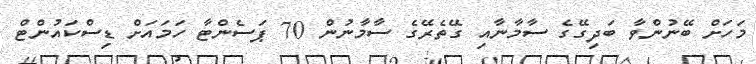
މަހަށް ބޭނުންވާ ބަދިގޭގެ ސާމާނާއި ގޭތެރޭގެ ސާމާނުން 70 ޕަސެންޓާ ހަމައަށް ޑިސްކައުންޓް